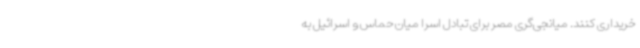
خریداری کنند. میانجی‌گری مصر برای تبادل اسرا میان حماس و اسرائیل به